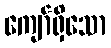
ကျော်ရှိသော